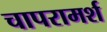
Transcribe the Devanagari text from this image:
चापरामर्श